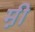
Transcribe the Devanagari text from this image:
म़ी